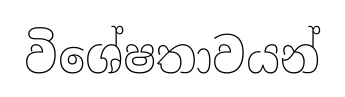
විශේෂතාවයන්